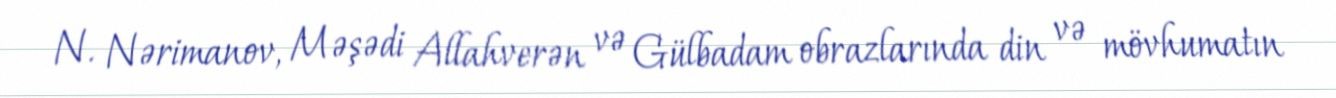
N. Nərimanov, Məşədi Allahverən və Gülbadam obrazlarında din və mövhumatın